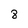
Character: 8